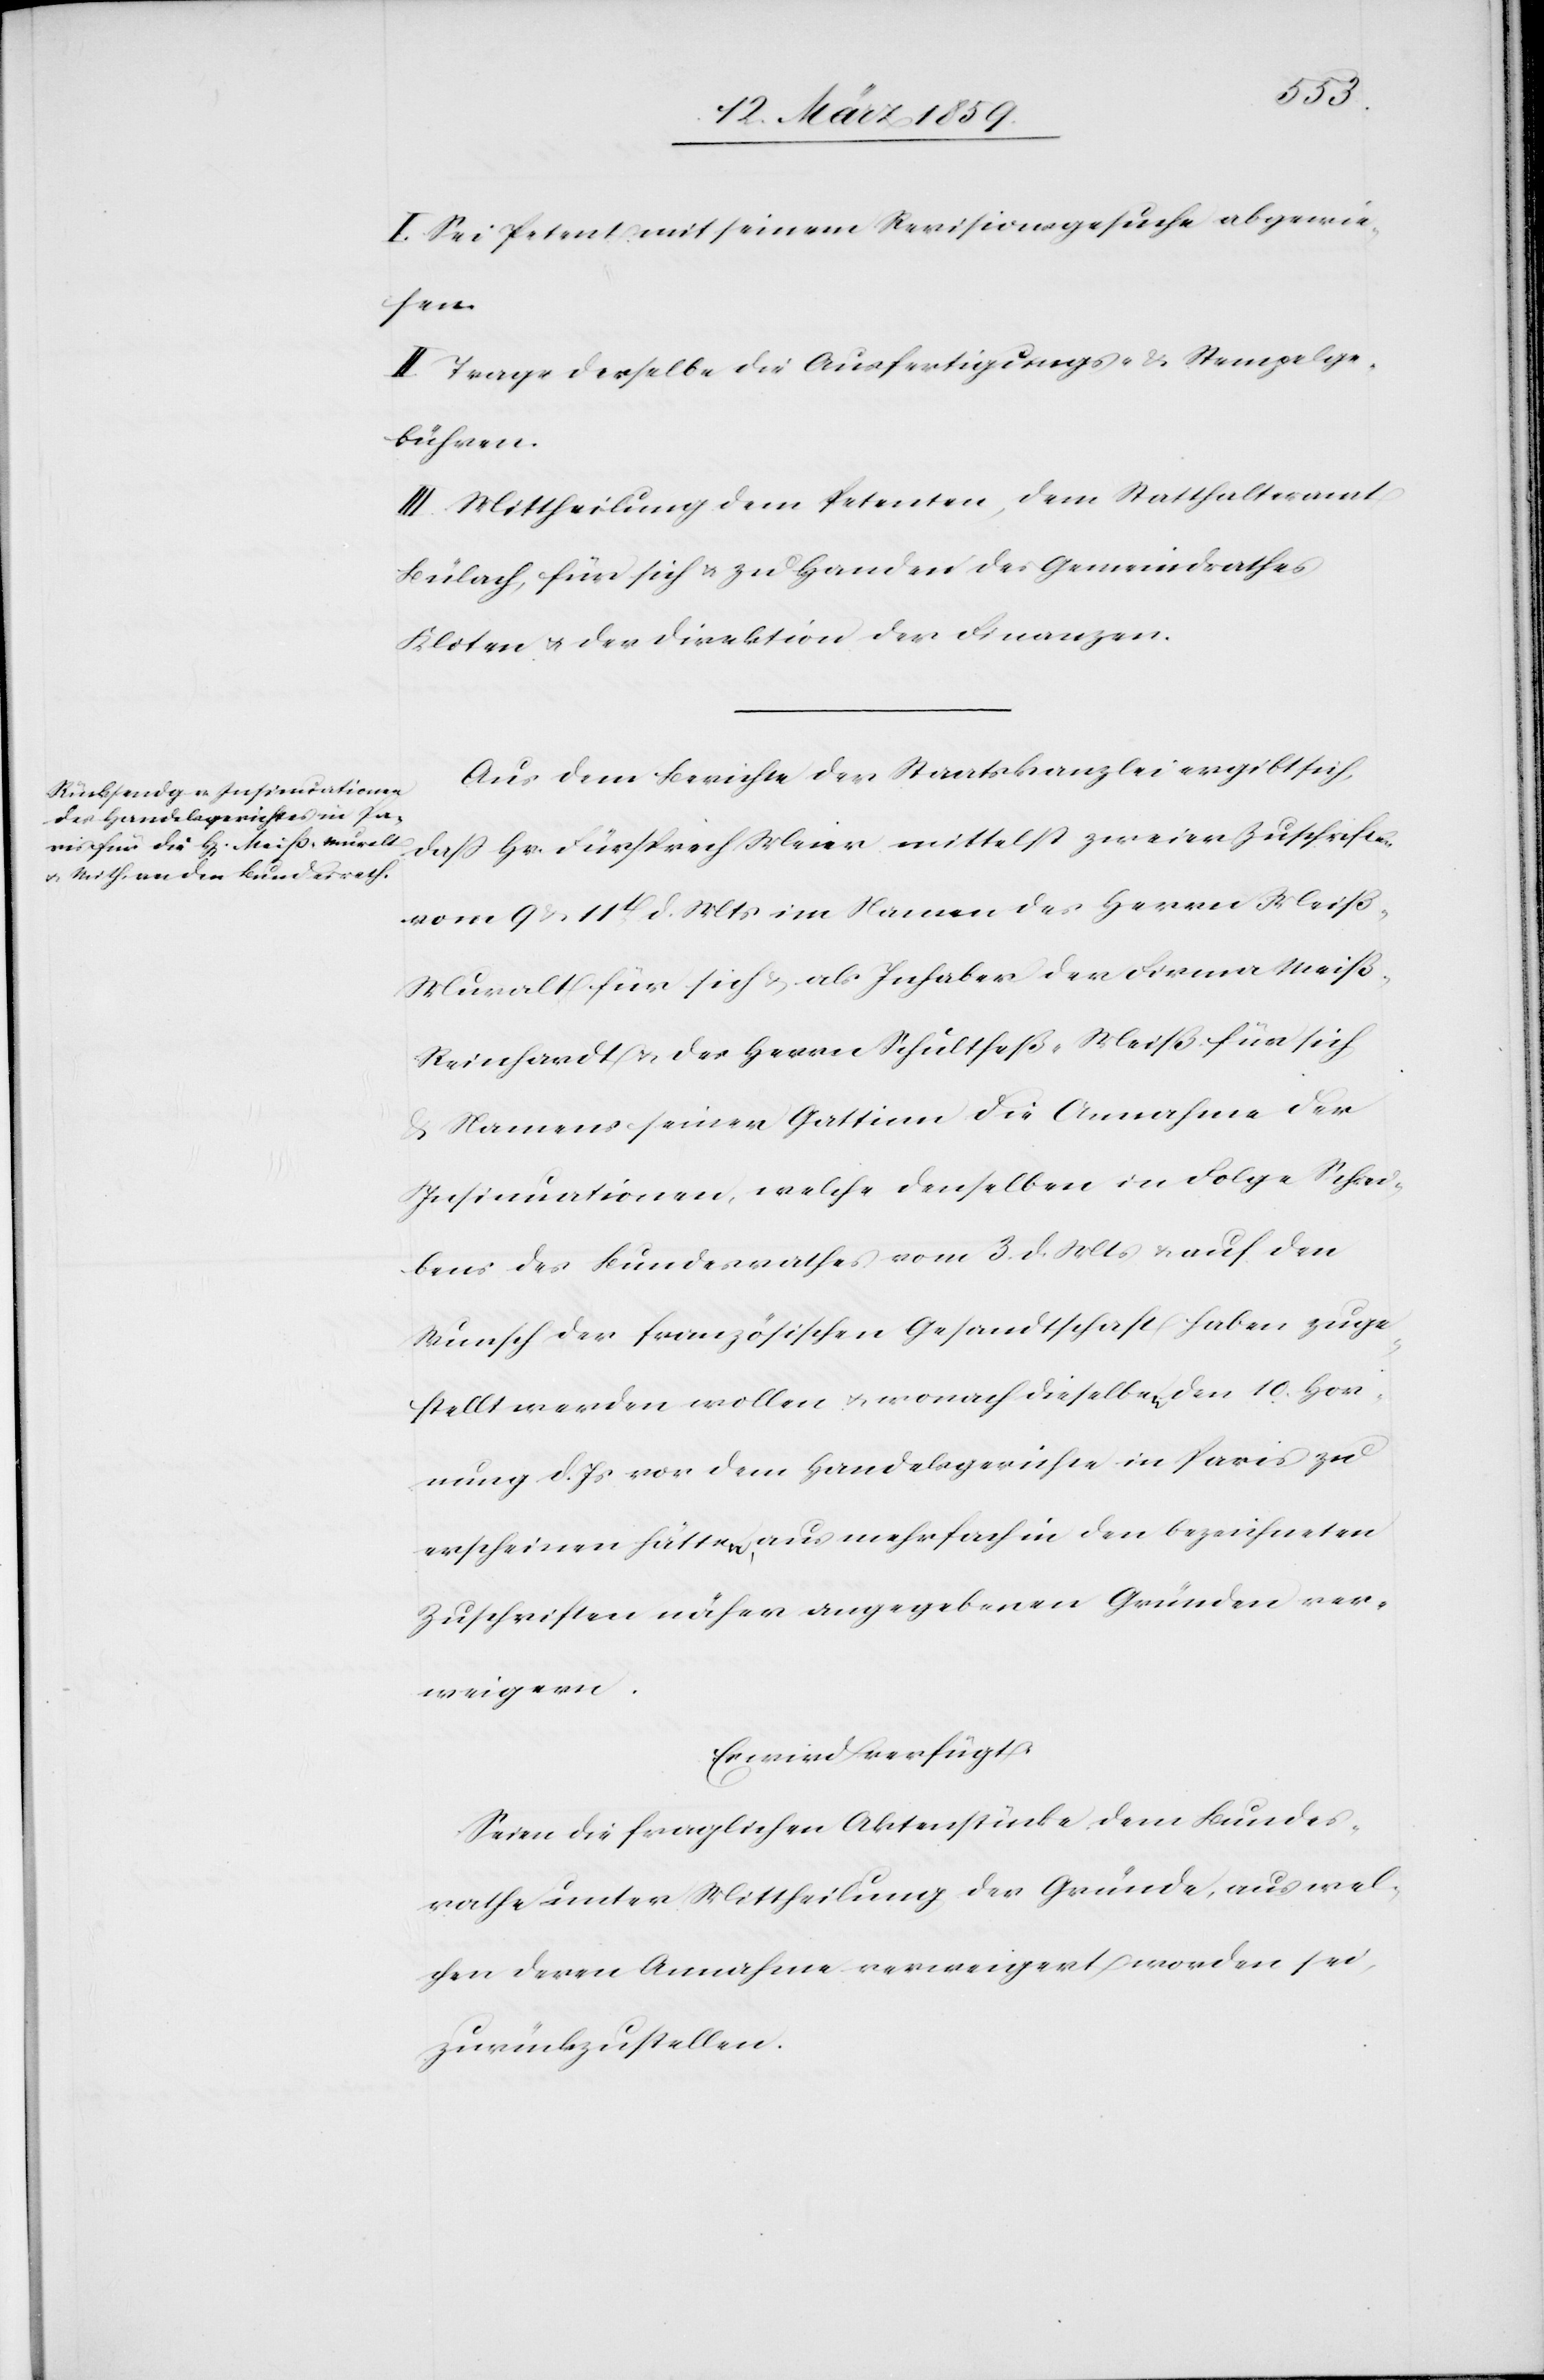
Meier
I. Sei Petent mit seinem Revisionsgesuche abgewie¬
sen.
II. Trage derselbe die Ausfertigungs- & Stempelge¬
bühren.
III. Mittheilung dem Petenten, dem Statthalteramt
Bülach, für sich & zu Handen des Gemeindrathes
Kloten u. der Direktion der Finanzen.
Aus dem Berichte der Staatskanzlei ergibt sich,
vom 9 & 11t d. Mts im Namen des Herrn Meiß-M¬
uralt für sich & als Inhaber der Firma Weiß-R¬
einhardt u. des Herrn Schultheß-Meiß für sich
Namens seiner Gattin die Annahme der
Insinuationen, welche denselben in Folge Schrei¬
bens des Bundesrathes vom 3. d. Mts & auf den
Wunsch der französischen Gesandtschaft haben zuge¬
stellt werden wollen u. wonach dieselben den 10. Hor¬
nung d. Js vor dem Handelsgerichte in Paris zu
erscheinen hätten, aus mehrfach in den bezeichneten
Zuschriften näher angegebenen Gründen ver¬
weigern.
Es wird verfügt:
Seien die fraglichen Aktenstücke dem Bundes¬
rathe unter Mittheilung der Gründe, aus wel¬
chen deren Annahme verweigert worden sei,
zurückzustellen.